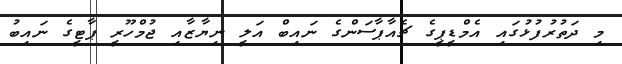
މި ދަތުރުފުޅުގައި އެމްޑީޕީގެ ޗެއާޕާސަންގެ ނައިބް އަލީ ނިޔާޒާއި ޖުމްހޫރީ ޕާޓީގެ ނައިބު